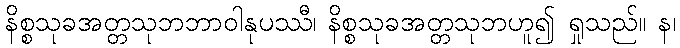
နိစ္စသုခအတ္တသုဘဘာဝါနုပဿီ၊ နိစ္စသုခအတ္တသုဘဟူ၍ ရှုသည်။ န၊